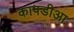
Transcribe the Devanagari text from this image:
कापडीआ